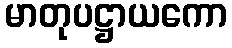
မာတုပဋ္ဌာယကော